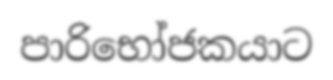
පාරිභෝජකයාට